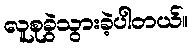
လူစုခွဲသွားခဲ့ပါတယ်။